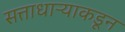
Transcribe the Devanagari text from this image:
सत्ताधाऱ्याकडून